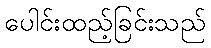
ပေါင်းထည့်ခြင်းသည်